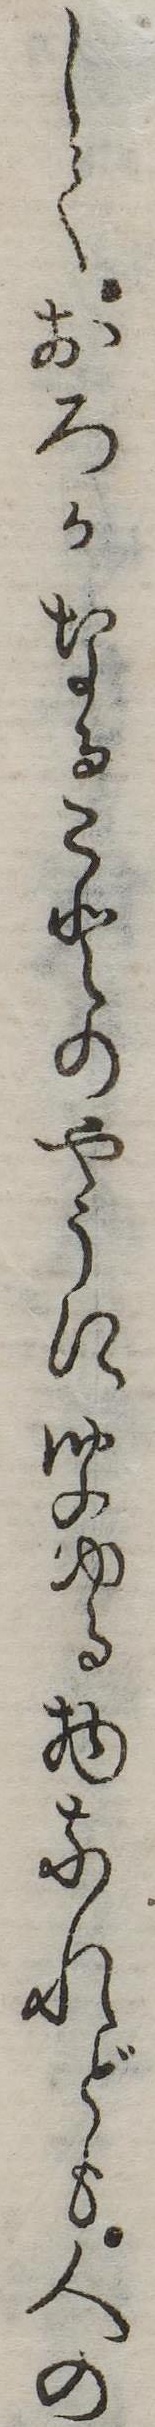
しくおろかなることのやうに聞ゆる物なれども人の